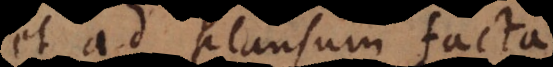
et ad plausum facta,